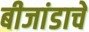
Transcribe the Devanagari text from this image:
बीजांडाचे